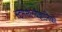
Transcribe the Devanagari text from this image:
स्टेमसेलवैज्ञानिकों